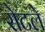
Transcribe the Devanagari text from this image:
रोटले